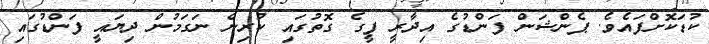
ކުޑަކޮށްފައެވެ. ޕެންޝަން ފަންޑުގެ އިދާރީ ފީގެ ގޮތުގައި ކުރިން ނަގަމުން ދިޔައީ ފަންޑުގައި